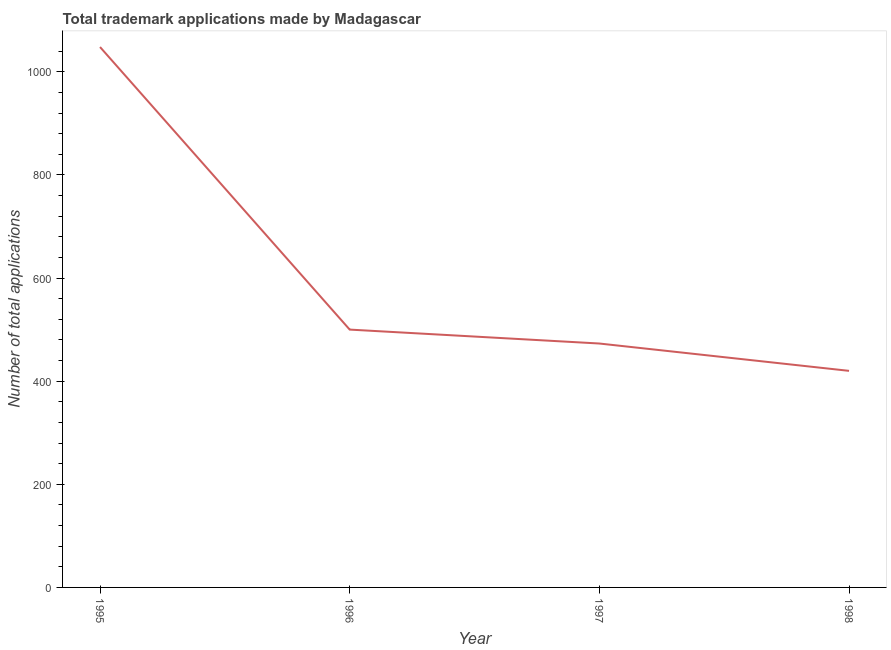
| Year | Trademark applications |
 | --- | --- |
 | 1995 | 1.05e+03 |
 | 1996 | 500 |
 | 1997 | 473 |
 | 1998 | 420 |